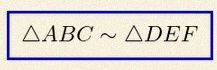
\triangle ABC\sim\triangle DEF